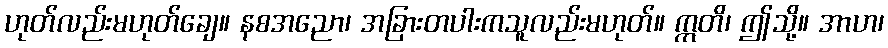
ဟုတ်လည်းမဟုတ်ချေ။ နစအညော၊ အခြားတပါးကသူလည်းမဟုတ်။ ဣတိ၊ ဤသို့။ အာဟ၊